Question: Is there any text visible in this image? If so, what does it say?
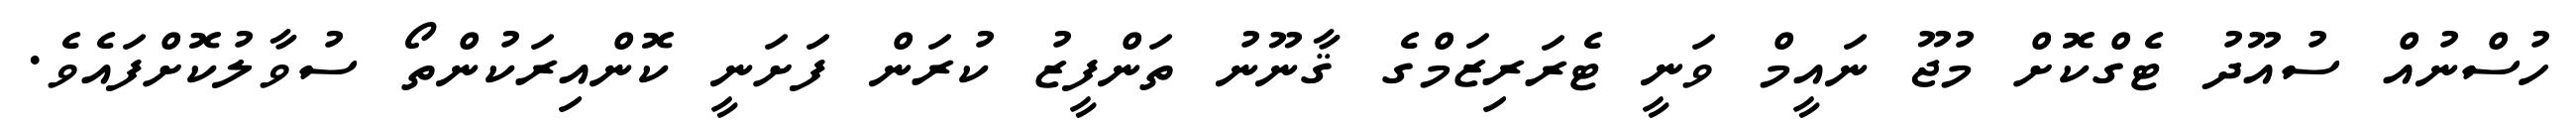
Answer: ހުސްނުއް ސުއޫދު ޓެގްކޮށް މުޖޫ ނައީމް ވަނީ ޓެރަރިޒަމްގެ ޤާނޫނު ތަންފީޒު ކުރަން ފަށަނީ ކޮންއިރަކުންތޯ ސުވާލުކޮށްފައެވެ.